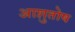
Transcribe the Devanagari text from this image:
अाशुतोष